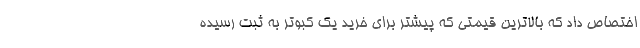
اختصاص داد که بالاترین قیمتی که پیشتر برای خرید یک کبوتر به ثبت رسیده